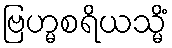
ဗြဟ္မစရိယသ္မိံ